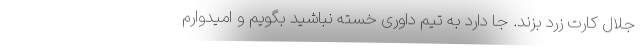
جلال کارت زرد بزند. جا دارد به تیم داوری خسته نباشید بگویم و امیدوارم